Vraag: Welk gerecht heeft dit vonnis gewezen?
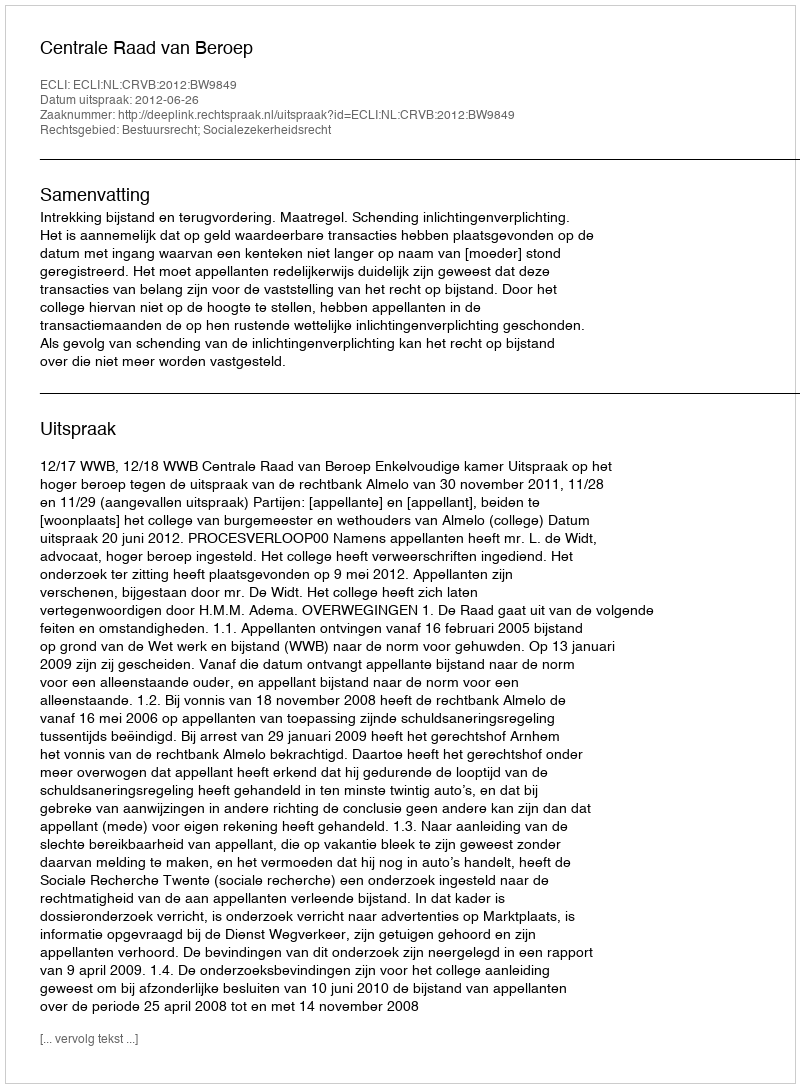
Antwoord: Centrale Raad van Beroep